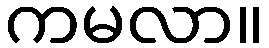
ကမလာ။